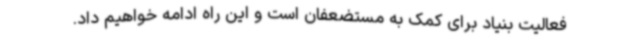
فعالیت بنیاد برای کمک به مستضعفان است و این راه ادامه خواهیم داد.